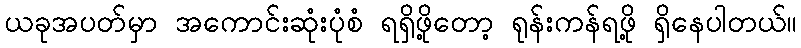
ယခုအပတ်မှာ အကောင်းဆုံးပုံစံ ရရှိဖို့တော့ ရုန်းကန်ရဖို့ ရှိနေပါတယ်။